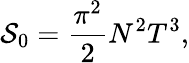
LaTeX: {\cal S}_{0}=\frac{\pi^{2}}{2}N^{2}T^{3},